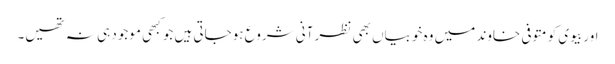
اور بیوی کو متوفی خاوند میں وہ خوبیاں بھی نظر آنی شروع ہوجاتی ہیں جو کبھی موجود ہی نہ تھیں۔